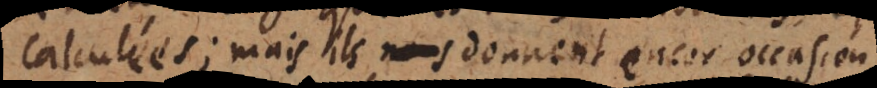
calculés; mais ils nous donnent encor occasion